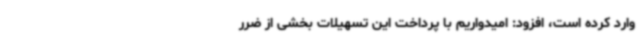
وارد کرده است، افزود: امیدواریم با پرداخت این تسهیلات بخشی از ضرر